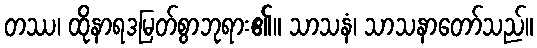
တဿ၊ ထိုနာရဒမြတ်စွာဘုရား၏။ သာသနံ၊ သာသနာတော်သည်။